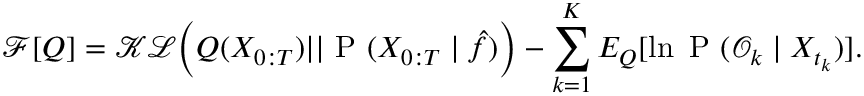
\mathcal { F } [ Q ] = \mathcal { K L } \Big ( Q ( X _ { 0 : T } ) | | \mathrm { ~ P ~ } ( X _ { 0 : T } \mid \hat { f } ) \Big ) - \sum _ { k = 1 } ^ { K } { E } _ { Q } [ \ln \mathrm { ~ P ~ } ( \mathcal { O } _ { k } \mid X _ { t _ { k } } ) ] .